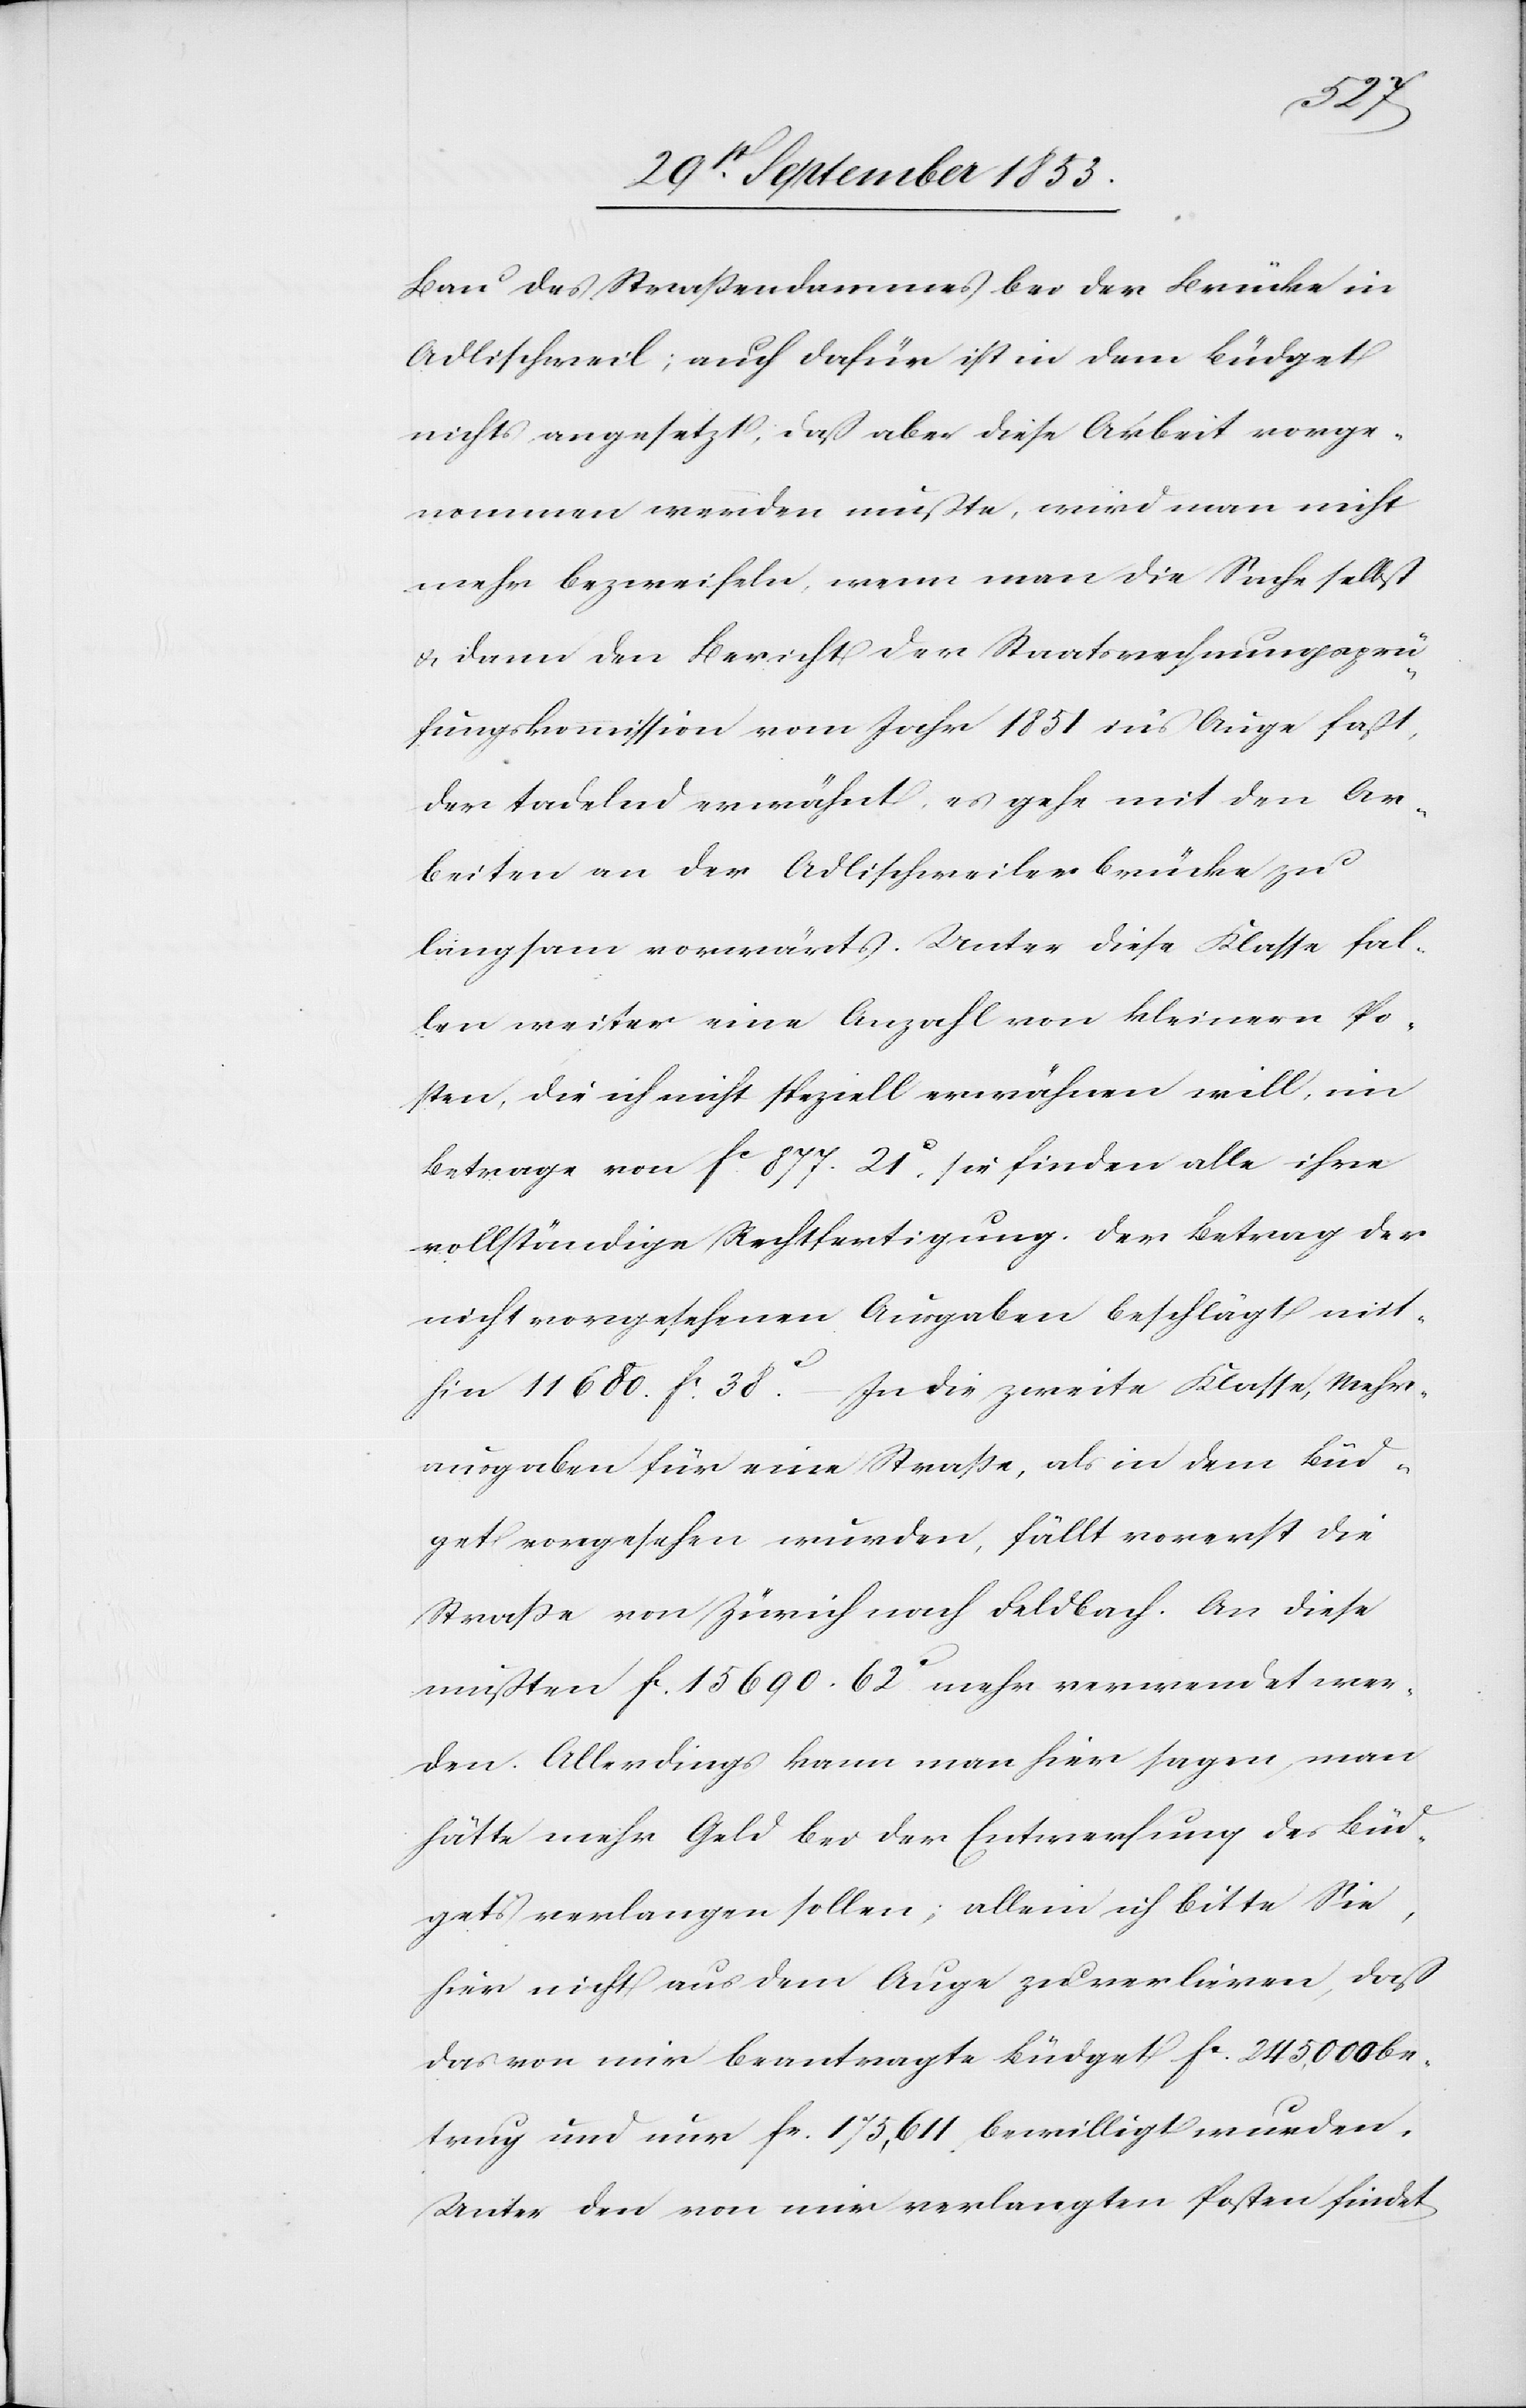
Bau des Straßendammes bei der Brücke in
Adlischweil; auch dafür ist in dem Büdget
nichts angesetzt, daß aber diese Arbeit vorge¬
nommen werden mußte, wird man nicht
mehr bezweifeln, wenn man die Sache selbst
u. dann den Bericht der Staatsrechnungsprü¬
fungskommission vom Jahr 1851 ins Auge faßt,
der tadelnd erwähnt, es gehe mit den Ar¬
beiten an der Adlischweilerbrücke zu
langsam vorwärts. Unter diese Klasse fal¬
len weiter eine Anzahl von kleinern Po¬
sten, die ich nicht speziell erwähnen will, im
Betrage von fc 877. 21c, sie finden alle ihre
vollständige Rechtfertigung. Der Betrag der
nicht vorgesehenen Ausgaben beschlägt mit¬
hin 11 680 fr. 38c. – In die zweite Klasse, Mehr¬
ausgaben für eine Straße, als in dem Büd¬
get vorgesehen wurden, fällt vorerst die
Straße von Zürich nach Feldbach. An diese
mußten fc 15690. 62c mehr verwendet wer¬
den. Allerdings kann man hier sagen, man
hätte mehr Geld bei der Entwerfung des Büd¬
gets verlangen sollen; allein ich bitte Sie,
hier nicht aus dem Auge zu verlieren, daß
das von mir beantragte Büdget fc 245,000 be¬
trug und nur fr. 175,611 bewilligt wurden.
Unter den von mir verlangten Posten findet